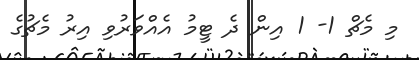
މި މެޗް 1- 1 އިން ދެ ޓީމު އެއްވަރުވި އިރު މެޗުގެ